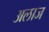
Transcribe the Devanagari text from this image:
अलाज